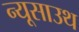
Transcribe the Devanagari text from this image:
न्यूसाउथ